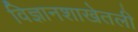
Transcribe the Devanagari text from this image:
विज्ञानशाखेतली